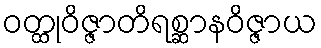
ဝတ္ထုဝိဇ္ဇာတိရစ္ဆာနဝိဇ္ဇာယ